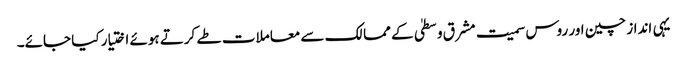
یہی انداز چین اور روس سمیت مشرق وسطیٰ کے ممالک سے معاملات طے کرتے ہوئے اختیار کیا جائے۔